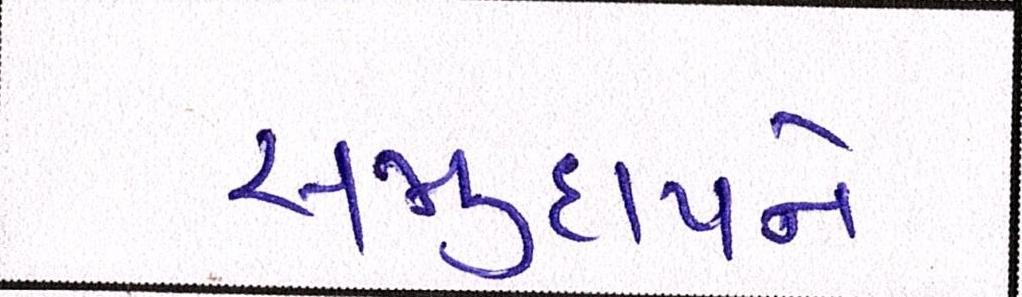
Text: સમુદાયને